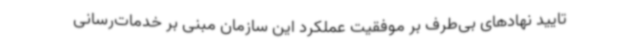
تایید نهادهای بی‌طرف بر موفقیت عملکرد این سازمان مبنی بر خدمات‌رسانی